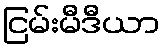
ငြမ်းမီဒီယာ